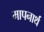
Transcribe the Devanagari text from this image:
मापनार्थ